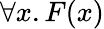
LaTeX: \forall x.F(x)